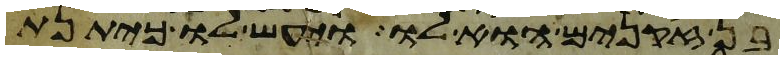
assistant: בן זקנים הוא לו ויעש לו כיתנת